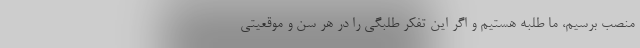
منصب برسیم، ما طلبه هستیم و اگر این تفکر طلبگی را در هر سن و موقعیتی